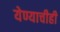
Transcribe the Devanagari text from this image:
येण्याचीही